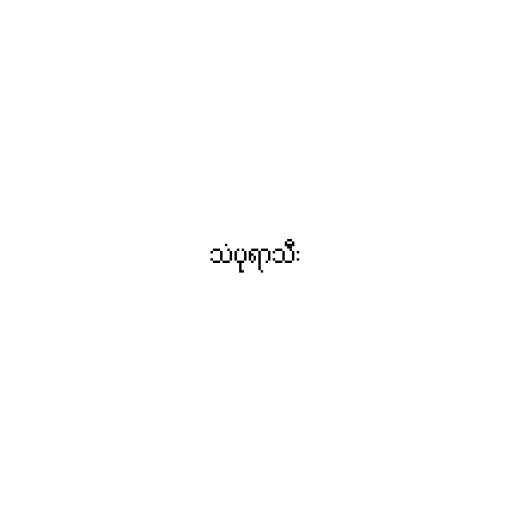
သံပုရာသီး